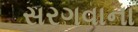
સરગવાના